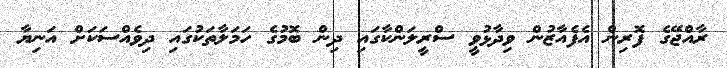
ރާއްޖޭގެ ފޮރިން އެފެއާޒުން ވިދާޅުވީ ސްރީލަންކާގައި ދިން ބޮމުގެ ހަމަލާތަކުގައި ދިވެއްސަކަށް އަނިޔާ